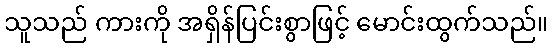
သူသည် ကားကို အရှိန်ပြင်းစွာဖြင့် မောင်းထွက်သည်။